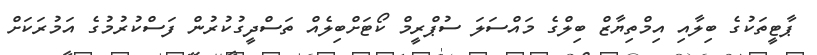
ޕާޓީތަކުގެ ބިލާއި އިމްތިޔާޒް ބިލްގެ މައްސަލަ ސުޕްރީމް ކޯޓަށްބިލެއް ތަސްދީގުކުރުން ފަސްކުރުމުގެ އަމުރަކަށް